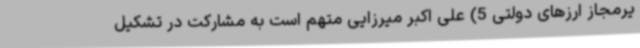
یرمجاز ارزهای دولتی 5) علی اکبر میرزایی متهم است به مشارکت در تشکیل